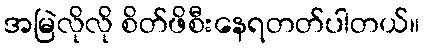
အမြဲလိုလို စိတ်ဖိစီးနေရတတ်ပါတယ်။